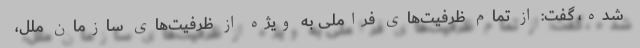
شده، گفت: از تمام ظرفیت‌های فراملی به ویژه از ظرفیت‌های سازمان ملل،